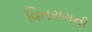
વિતરાગની